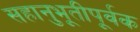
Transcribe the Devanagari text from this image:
सहानुभूतीपूर्वक